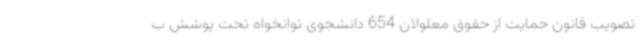
تصویب قانون حمایت از حقوق معلولان 654 دانشجوی توانخواه تحت پوشش ب